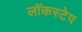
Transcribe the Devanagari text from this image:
लॉकस्टेप